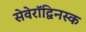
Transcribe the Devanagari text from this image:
सेवेरॉद्विनस्क